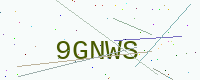
Text: 9GNWS